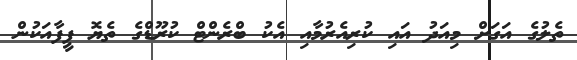
ތެލުގެ އަގަށް މިއަދު އައި ކުރިއެރުމާއި އެކު ބްރެންޓް ކުރޫޑްގެ ތެޔޮ ފީފާއަކުން